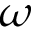
\omega